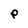
Character: P